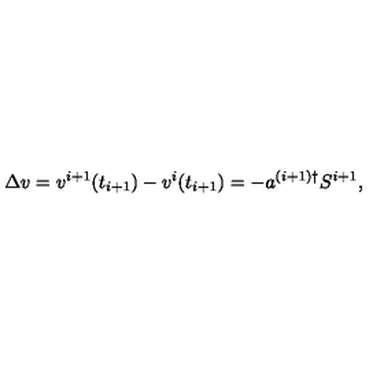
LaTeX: \Delta v = v ^ { i + 1 } ( t _ { i + 1 } ) - v ^ { i } ( t _ { i + 1 } ) = - a ^ { ( i + 1 ) \dagger } S ^ { i + 1 } ,